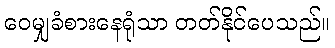
ဝေမျှခံစားနေရုံသာ တတ်နိုင်ပေသည်။